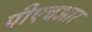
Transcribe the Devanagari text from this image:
पीएचआर